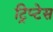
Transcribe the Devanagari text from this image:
ट्रिप्टेस